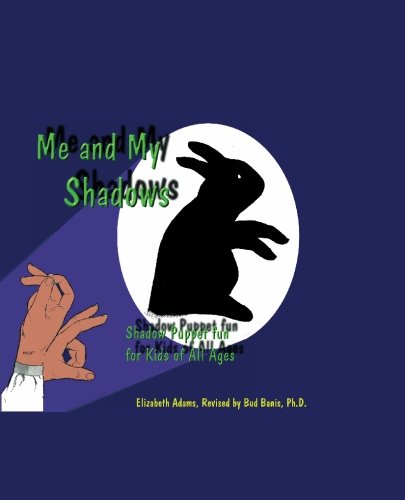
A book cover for Me and My Shadows - Shadow Puppet Fun for Kids of All Ages; Elizabeth Adams; Crafts, Hobbies & Home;